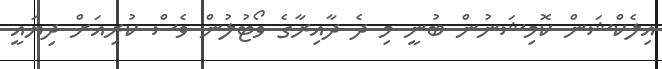
އިލެކްޝަން ކޮމިޝަނުން ބުނީ މި ދެ ދާއިރާގެ ވޯޓުލުން ވެސް ކުރިއަށް ދިޔައީ